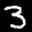
Label: 3